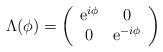
LaTeX: \begin{align*}\Lambda (\phi) = \left(\begin{array}{cc} \mbox{e}^{i\phi} & 0\\0 & \mbox{e}^{-i\phi}\end{array}\right)\end{align*}